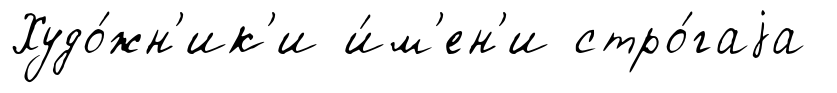
Худо́жн'ик'и и́м'ен'и стро́гаjа